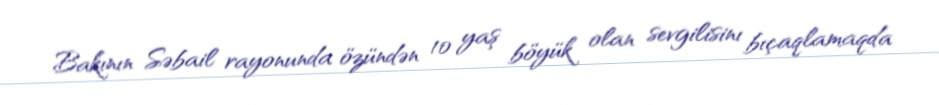
Bakının Səbail rayonunda özündən 10 yaş böyük olan sevgilisinı bıçaqlamaqda